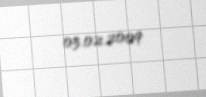
03.02.2009